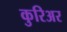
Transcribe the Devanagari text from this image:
कुरिअर